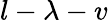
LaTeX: l-\lambda-v